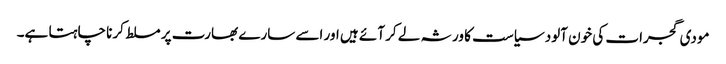
مودی گجرات کی خون آلود سیاست کا ورثہ لے کر آئے ہیں اور اسے سارے بھارت پر مسلط کرنا چاہتا ہے۔